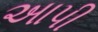
અાપી